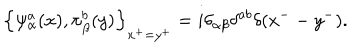
LaTeX: \left\{ \psi _ { \alpha } ^ { a } ( x ) , \pi _ { \beta } ^ { b } ( y ) \right\} _ { x ^ { + } = y ^ { + } } = i \delta _ { \alpha \beta } \delta ^ { a b } \delta ( x ^ { - } - y ^ { - } ) .